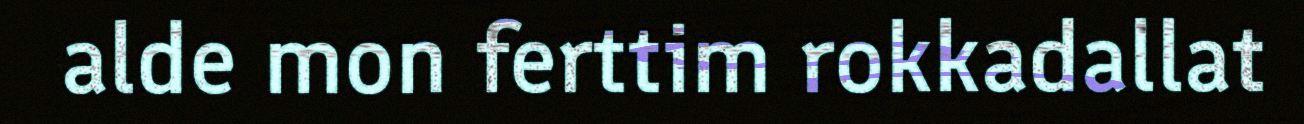
alde mon ferttim rokkadallat